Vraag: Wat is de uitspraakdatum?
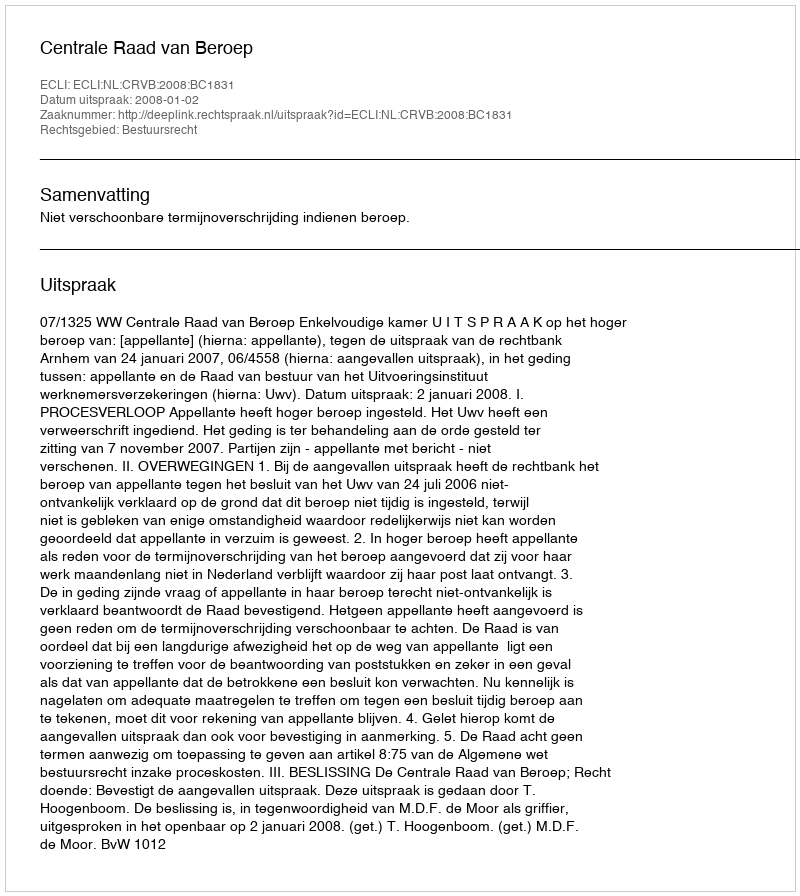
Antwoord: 2008-01-02